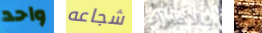
واحد شجاعه بالاطراء إذا